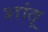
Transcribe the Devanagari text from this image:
शांतू